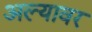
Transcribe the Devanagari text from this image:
अल्यावर